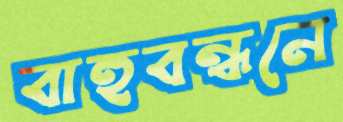
বাহুবন্ধনে